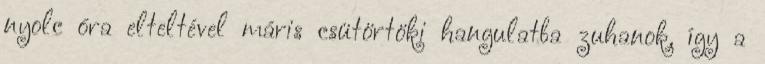
nyolc óra elteltével máris csütörtöki hangulatba zuhanok, így a